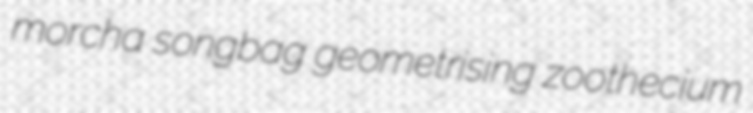
morcha songbag geometrising zoothecium